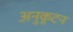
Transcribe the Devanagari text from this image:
अनुकूटन